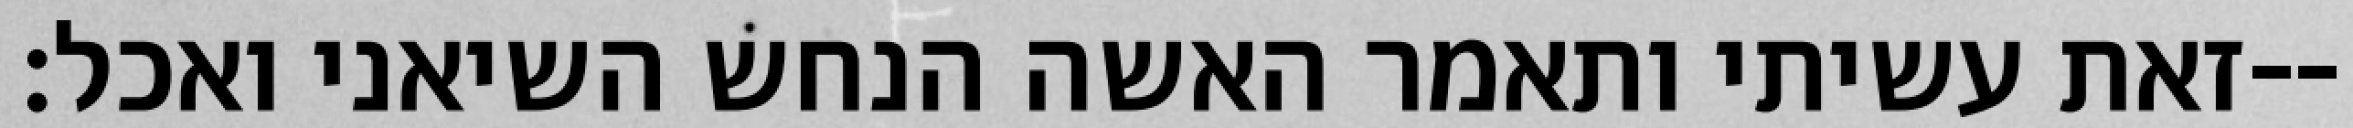
זאת עשיתי ותאמר האשה הנחש השיאני ואכל׃--